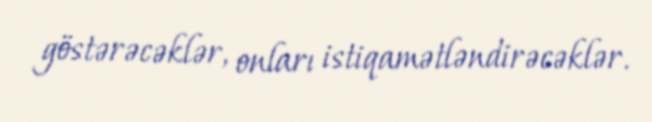
göstərəcəklər, onları istiqamətləndirəcəklər.